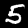
Label: 5